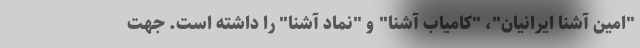
"امین آشنا ایرانیان"، "کامیاب آشنا" و "نماد آشنا" را داشته است. جهت